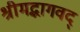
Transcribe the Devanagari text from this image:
श्रीमद्भागवद्